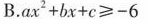
B.ax^{2}+bx+c≥-6